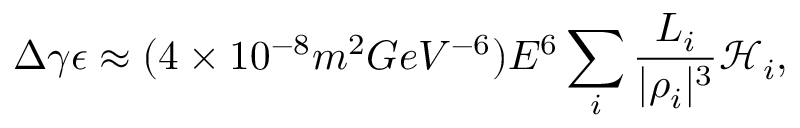
\Delta \gamma \epsilon \approx ( 4 \times 1 0 ^ { - 8 } m ^ { 2 } G e V ^ { - 6 } ) E ^ { 6 } \sum _ { i } { \frac { L _ { i } } { | \rho _ { i } | ^ { 3 } } \mathcal { H } _ { i } } ,